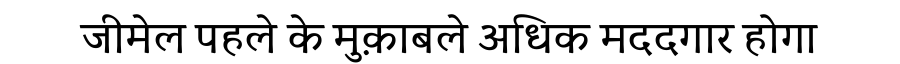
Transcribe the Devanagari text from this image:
जीमेल पहले के मुक़ाबले अधिक मददगार होगा